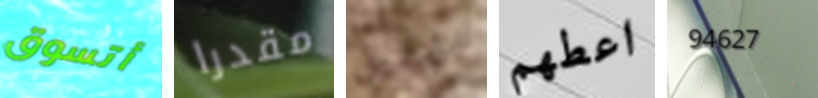
أتسوق مقدرا تحليل اعطهم 94627